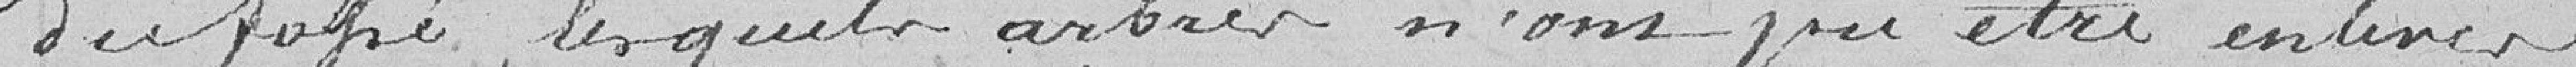
du fossé, lesquels arbres n'ont pu être enlevés